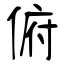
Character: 俯